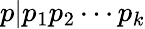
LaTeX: p|p_{1}p_{2}\cdots p_{k}